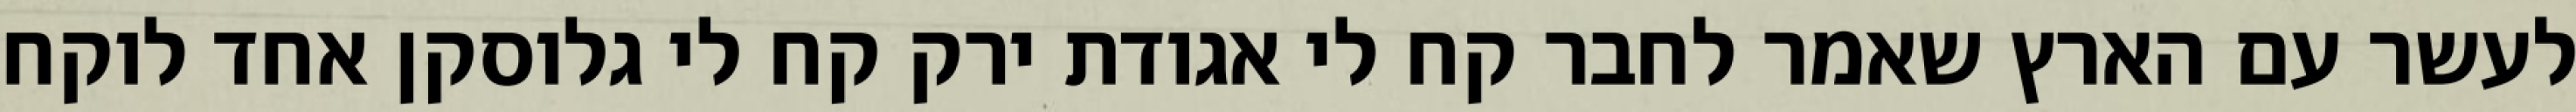
לעשר עם הארץ שאמר לחבר קח לי אגודת ירק קח לי גלוסקן אחד לוקח